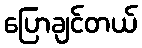
ပြောချင်တယ်